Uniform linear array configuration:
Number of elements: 32
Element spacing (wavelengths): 0.5
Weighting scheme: uniform
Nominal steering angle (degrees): -30
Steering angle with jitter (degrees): -30.957
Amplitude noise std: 0.05
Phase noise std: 0.05

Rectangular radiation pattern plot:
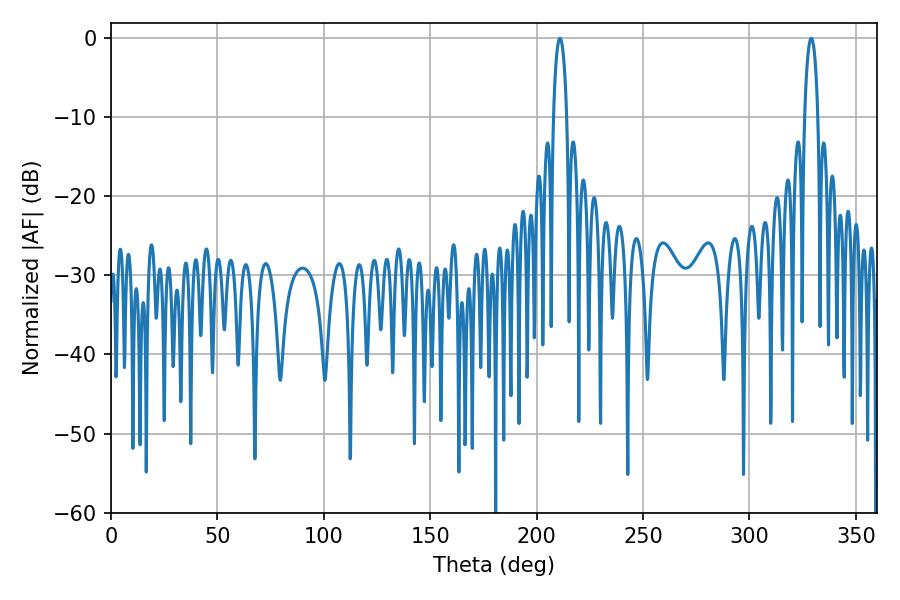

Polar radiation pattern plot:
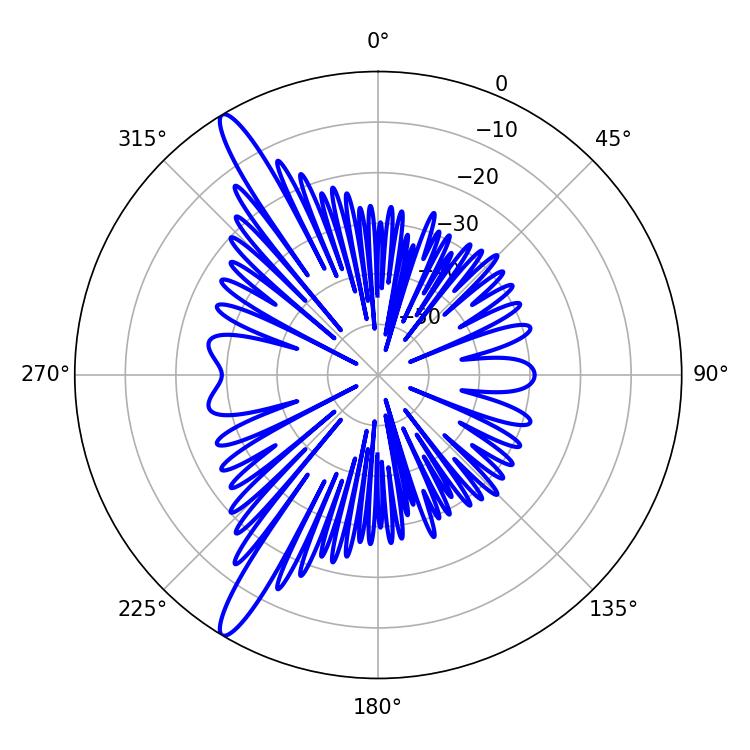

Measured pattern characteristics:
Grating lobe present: FALSE
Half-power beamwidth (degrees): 3.6
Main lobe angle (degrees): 210.96